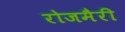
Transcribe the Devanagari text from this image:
रोजमैरी